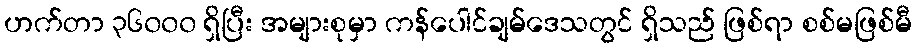
ဟက်တာ ၃၆၀၀၀ ရှိပြီး အများစုမှာ ကန်ပေါင်ချမ်ဒေသတွင် ရှိသည် ဖြစ်ရာ စစ်မဖြစ်မီ